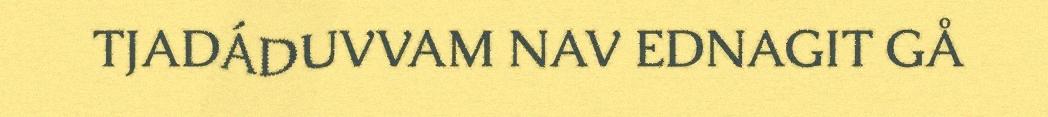
TJADÁDUVVAM NAV EDNAGIT GÅ